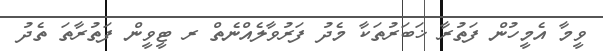
ވީމާ އެމީހުން ފަތުރާ ޚަބަރުތަކާ މެދު ފަރުވާލެއްނެތް ރ ޓީވީން ފަތުރާތަ ތެދު